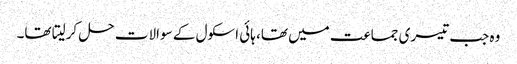
وہ جب تیسری جماعت میں تھا، ہائی اسکول کے سوالات حل کرلیتا تھا۔